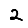
Digit: 2